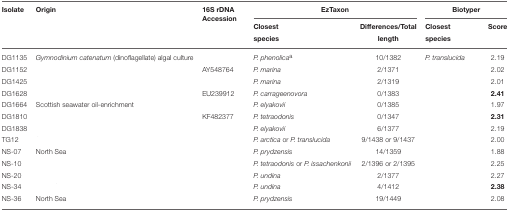
<table><thead><tr><td><b>Isolate</b></td><td><b>Origin</b></td><td><b>16S rDNA Accession</b></td><td colspan="2"><b>EzTaxon</b></td><td colspan="2"><b>Biotyper</b></td></tr><tr><td>[EMPTY_CELL]</td><td>[EMPTY_CELL]</td><td>[EMPTY_CELL]</td><td><b>Closest species</b></td><td><b>Differences/Total length</b></td><td><b>Closest species</b></td><td><b>Score</b></td></tr></thead><tbody><tr><td>DG1135</td><td><i>Gymnodinium catenatum</i> (dinoflagellate) algal culture</td><td>[EMPTY_CELL]</td><td><i>P. phenolica</i><sup>a</sup></td><td>10/1382</td><td><i>P. translucida</i></td><td>2.19</td></tr><tr><td>DG1152</td><td>[EMPTY_CELL]</td><td>AY548764</td><td><i>P. marina</i></td><td>2/1371</td><td>[EMPTY_CELL]</td><td>2.02</td></tr><tr><td>DG1425</td><td>[EMPTY_CELL]</td><td>[EMPTY_CELL]</td><td><i>P. marina</i></td><td>2/1319</td><td>[EMPTY_CELL]</td><td>2.01</td></tr><tr><td>DG1628</td><td>[EMPTY_CELL]</td><td>EU239912</td><td><i>P. carrageenovora</i></td><td>0/1383</td><td>[EMPTY_CELL]</td><td><b>2.41</b></td></tr><tr><td>DG1664</td><td>Scottish seawater oil-enrichment</td><td>[EMPTY_CELL]</td><td><i>P. elyakovii</i></td><td>0/1385</td><td>[EMPTY_CELL]</td><td>1.97</td></tr><tr><td>DG1810</td><td>[EMPTY_CELL]</td><td>KF482377</td><td><i>P. tetraodonis</i></td><td>0/1347</td><td>[EMPTY_CELL]</td><td><b>2.31</b></td></tr><tr><td>DG1838</td><td>[EMPTY_CELL]</td><td>[EMPTY_CELL]</td><td><i>P. elyakovii</i></td><td>6/1377</td><td>[EMPTY_CELL]</td><td>2.19</td></tr><tr><td>TG12</td><td>[EMPTY_CELL]</td><td>[EMPTY_CELL]</td><td><i>P. arctica</i> or <i>P. translucida</i></td><td>9/1438 or 9/1437</td><td>[EMPTY_CELL]</td><td>2.00</td></tr><tr><td>NS-07</td><td>North Sea</td><td>[EMPTY_CELL]</td><td><i>P. prydzensis</i></td><td>14/1359</td><td>[EMPTY_CELL]</td><td>1.88</td></tr><tr><td>NS-10</td><td>[EMPTY_CELL]</td><td>[EMPTY_CELL]</td><td><i>P. tetraodonis</i> or <i>P. issachenkonii</i></td><td>2/1396 or 2/1395</td><td>[EMPTY_CELL]</td><td>2.25</td></tr><tr><td>NS-20</td><td>[EMPTY_CELL]</td><td>[EMPTY_CELL]</td><td><i>P. undina</i></td><td>2/1377</td><td>[EMPTY_CELL]</td><td>2.27</td></tr><tr><td>NS-34</td><td>[EMPTY_CELL]</td><td>[EMPTY_CELL]</td><td><i>P. undina</i></td><td>4/1412</td><td>[EMPTY_CELL]</td><td><b>2.38</b></td></tr><tr><td>NS-36</td><td>North Sea</td><td>[EMPTY_CELL]</td><td><i>P. prydzensis</i></td><td>19/1449</td><td>[EMPTY_CELL]</td><td>2.08</td></tr></tbody></table>